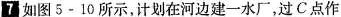
7如图5-10所示，计划在河边建一水厂，过C点作